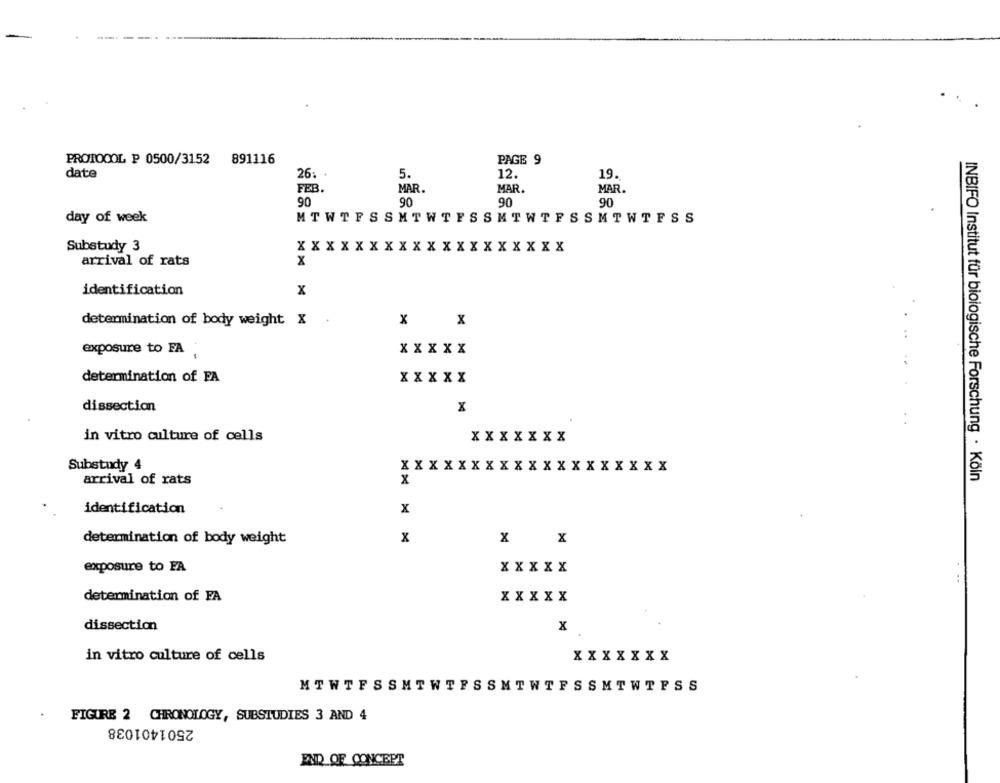
PROTOCOL P 0500/3152
891116
PAGE 9
26. .
date
5.
12.
19.
FEB.
MAR.
MAR.
MAR.
90
90
90
90
day of week
MTWTFSSMTWTESSMTWTFSSMTWTFSS
Substudy 3
XXX XXXXXXXXXXXXXXXX
arrival of rats
x
identification
x
determination of body weight X
x x
exposure to FA
XXXXX
determination of FA
XXXXX
dissection
X
in vitro culture of cells
XXXXXXX
Substudy 4
XXXXXXXXXXXXXXXXXXX
INBIFO Institut für biologische Forschung · Köln
arrival of rats
x
identification
x
determination of body weight
x
x X
exposure to FA
XXXXX
determination of FA
XXXXX
dissection
x
in vitro culture of cells
XXXXXXX
MTWTFSSMTWTFSSMTWTFSSMTWTFSS
FIGURE 2 CHRONOLOGY, SUBSTUDIES 3 AND 4
2501401038
END OF CONCEPT